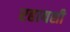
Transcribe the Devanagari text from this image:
रहायशी